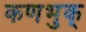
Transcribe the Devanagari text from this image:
कणभुक्